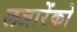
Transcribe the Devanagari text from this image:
लजारेंको